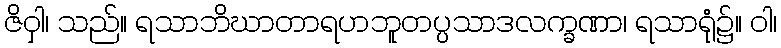
ဇိဝှါ၊ သည်။ ရသာဘိဃာတာရဟဘူတပ္ပသာဒလက္ခဏာ၊ ရသာရုံ၌။ ဝါ၊